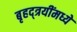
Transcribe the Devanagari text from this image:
बृहद्त्रयींमध्ये